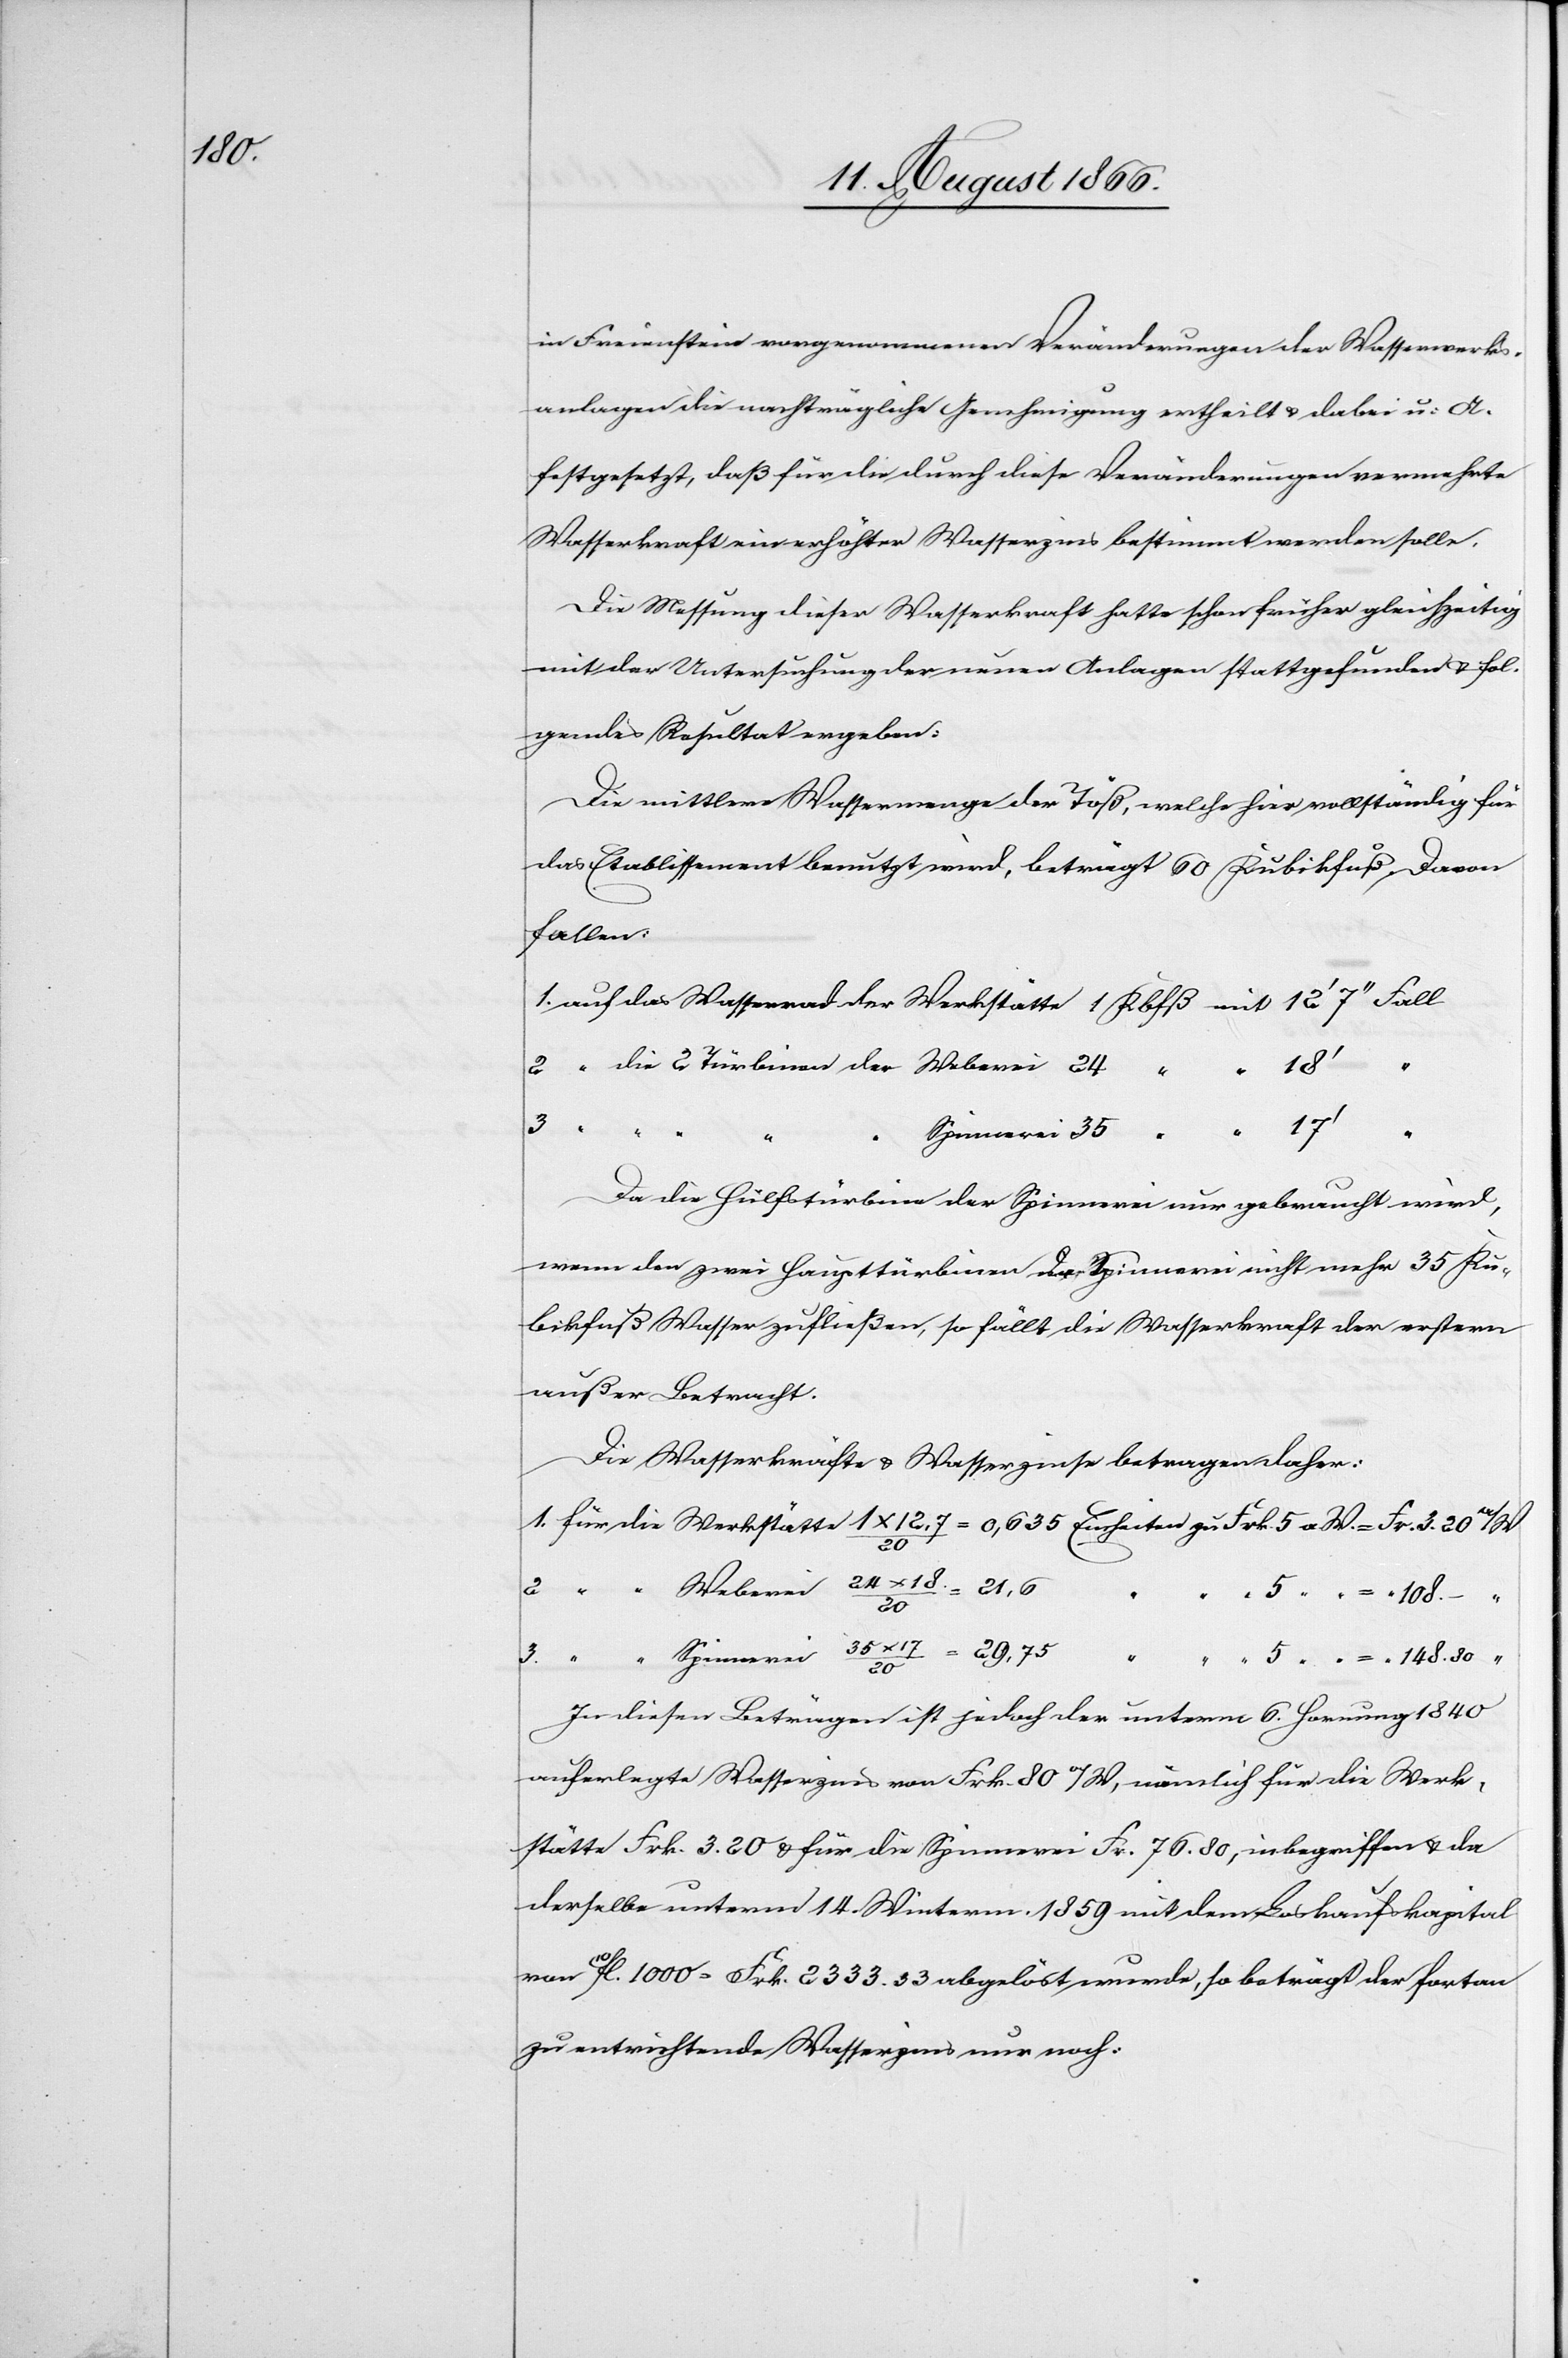
148.30

in Freienstein vorgenommenen Veränderungen der Wasserwerks¬
anlagen die nachträgliche Genehmigung ertheilt u. dabei u. A.
festgesetzt, daß für die durch diese Veränderungen vermehrte
Wasserkraft ein erhöhter Wasserzins bestimmt werden solle.
Die Messung dieser Wasserkraft hatte schon früher gleichzeitig
mit der Untersuchung der neuen Anlagen stattgefunden u. fol¬
gendes Resultat ergeben:
Die mittlere Wassermenge der Töß, welche hier vollständig für
das Etablissement benutzt wird, beträgt 60 Kubikfuß. Davon
fallen:
Spinnerei
5
“
Da die Hülfstürbine der Spinnerei nur gebraucht wird,
wenn den zwei Haupttürbinen der Spinnerei nicht mehr [als]
bikfuß Wasser zufließen, so fällt die Wasserkraft der erstern
außer Betracht.
Die Wasserkräfte u. Wasserzinse betragen daher:
35
20
Weberei
In diesen Beträgen ist jedoch der unterm 6. Heumonat 1840
auferlegte Wasserzins von Frk. 80 a/W, nämlich für die Werk¬
stätte Frk. 3.20 u. für die Spinnerei Frk. 76.80, inbegriffen u. da
derselbe unterm 14. Winterm. 1859 mit dem Loskaufskapital
von fl. 1000 = Frk. 2333.33 abgelöst wurde, so beträgt der fortan
zu entrichtende Wasserzins nur noch: